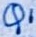
Text: Q1